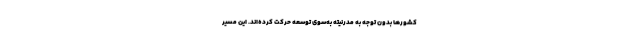
کشورها بدون توجه به مدرنیته به‌سوی توسعه حرکت کرده‌اند. این مسیر